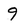
Character: 9